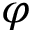
\varphi